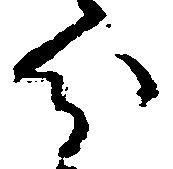
分